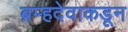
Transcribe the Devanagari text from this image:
ब्रम्हदेवाकडून